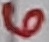
Text: 6